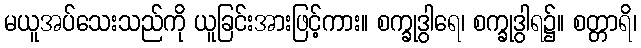
မယူအပ်သေးသည်ကို ယူခြင်းအားဖြင့်ကား။ စက္ခုဒွါရေ၊ စက္ခုဒွါရ၌။ စတ္တာရိ၊